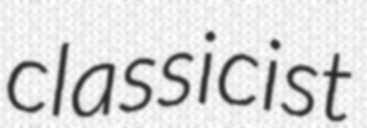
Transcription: classicist